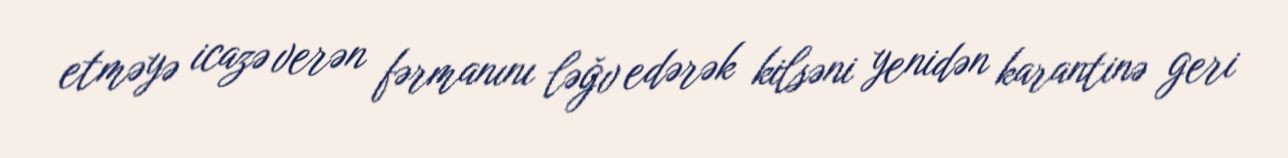
etməyə icazə verən fərmanını ləğv edərək kilsəni yenidən karantinə geri